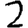
Digit: 2